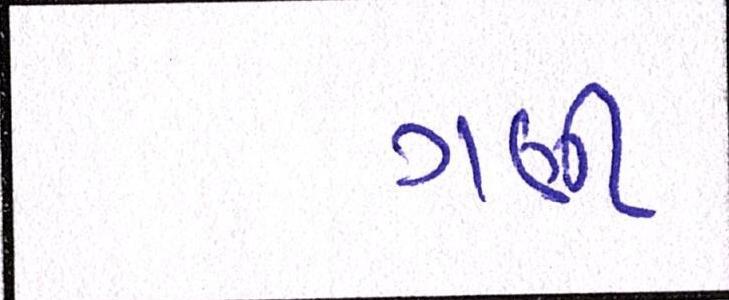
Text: ગણી